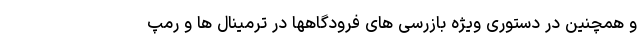
و همچنین در دستوری ویژه بازرسی ‌های فرودگاهها در ترمینال ها و رمپ